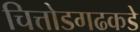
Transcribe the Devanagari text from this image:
चित्तोडगढकडे